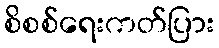
စိစစ်ရေးကတ်ပြား